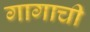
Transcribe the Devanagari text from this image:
गागाची